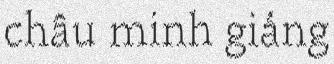
châu minh giảng